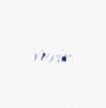
verir.